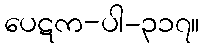
ပေဋက-ပါ-၃၁၇။